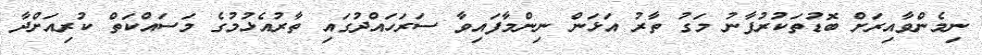
ނިމެންވާއިރަށް ބޮޑުތަކުރުފާނު މަގު ތާރު އަޅަން ނިންމާފައިވާ ސަރަހައްދުގައި ތާރުއެޅުމުގެ މަސައްކަތް ކުރިއަށްދާ